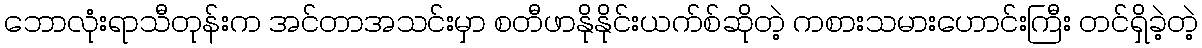
ဘောလုံးရာသီတုန်းက အင်တာအသင်းမှာ စတီဖာနိုနိုင်းယက်စ်ဆိုတဲ့ ကစားသမားဟောင်းကြီး တင်ရှိခဲ့တဲ့